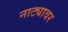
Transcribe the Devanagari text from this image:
नाट्यावर